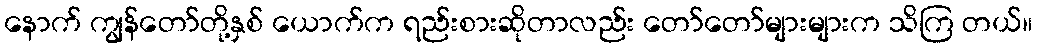
နောက် ကျွန်တော်တို့နှစ် ယောက်က ရည်းစားဆိုတာလည်း တော်တော်များများက သိကြ တယ်။